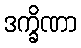
ဒက္ခိဏာ